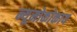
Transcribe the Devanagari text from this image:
न्यूमोकोकाय